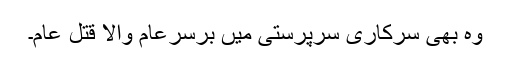
وہ بھی سرکاری سرپرستی میں برسرِعام والا قتلِ عام۔